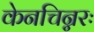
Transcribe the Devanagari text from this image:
केनचिन्नरः